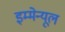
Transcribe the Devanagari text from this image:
इम्मेन्यूल